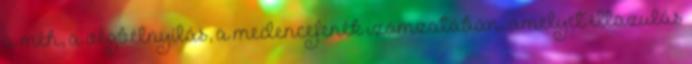
a méh, a végbélnyílás, a medencefenék izomzatában, amelyet ellazulás